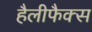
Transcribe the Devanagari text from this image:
हैलीफैक्स